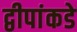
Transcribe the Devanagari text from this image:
द्वीपांकडे